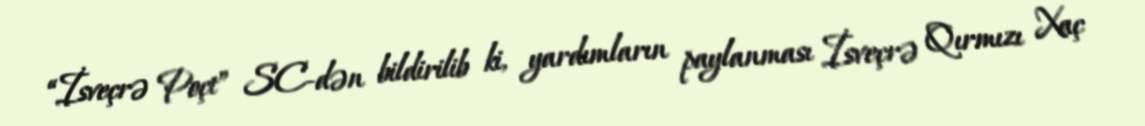
“İsveçrə Poçt” SC-dən bildirilib ki, yardımların paylanması İsveçrə Qırmızı Xaç